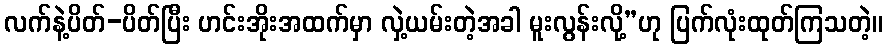
လက်နဲ့ပိတ်-ပိတ်ပြီး ဟင်းအိုးအထက်မှာ လှဲ့ယမ်းတဲ့အခါ မူးလွန်းလို့”ဟု ပြက်လုံးထုတ်ကြသတဲ့။